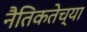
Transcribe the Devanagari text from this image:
नैतिकतेच्या